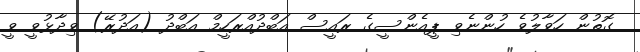
ގޮތުން ހަވާލުވެ ހުންނެވި ޕީއެންސީގެ ރައީސް އަބްދުއްރަހީމް އަބްދު (އަދުރޭ) ވިދާޅުވީ ވީ